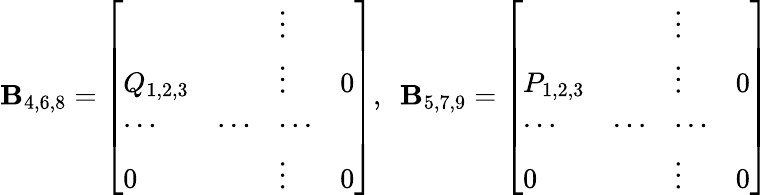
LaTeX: \mathbf{B}_{4,6,8}=\left[\begin{array}{llll}{{}}&{{}}&{{\vdots}}&{{}}\\ {{Q_{1,2,3}}}&{{}}&{{\vdots}}&{{0}}\\ {{\cdots}}&{{\cdots}}&{{\cdots}}&{{}}\\ {{0}}&{{}}&{{\vdots}}&{{0}}\end{array}\right],\ \ \mathbf{B}_{5,7,9}=\left[\begin{array}{llll}{{}}&{{}}&{{\vdots}}&{{}}\\ {{P_{1,2,3}}}&{{}}&{{\vdots}}&{{0}}\\ {{\cdots}}&{{\cdots}}&{{\cdots}}&{{}}\\ {{0}}&{{}}&{{\vdots}}&{{0}}\end{array}\right]